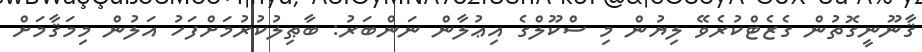
ޤާނޫނީގޮތުން ގެޒެޓްކުރެވޭ ލިޔުން މި ސްކޫލްގެ އިޢުލާން ނަންބަރު: ބާޠިލުކުރުމަށްފަހު އަލުން މިމަޤާމަށް